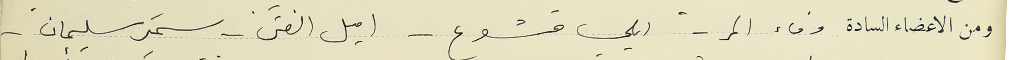
ومن الاعضاء السادة وفاء المر- ايلي قشوع - اميل الفتى . سمير سليمان.